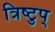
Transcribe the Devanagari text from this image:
त्रिष्टुप्‌